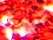
سيدي